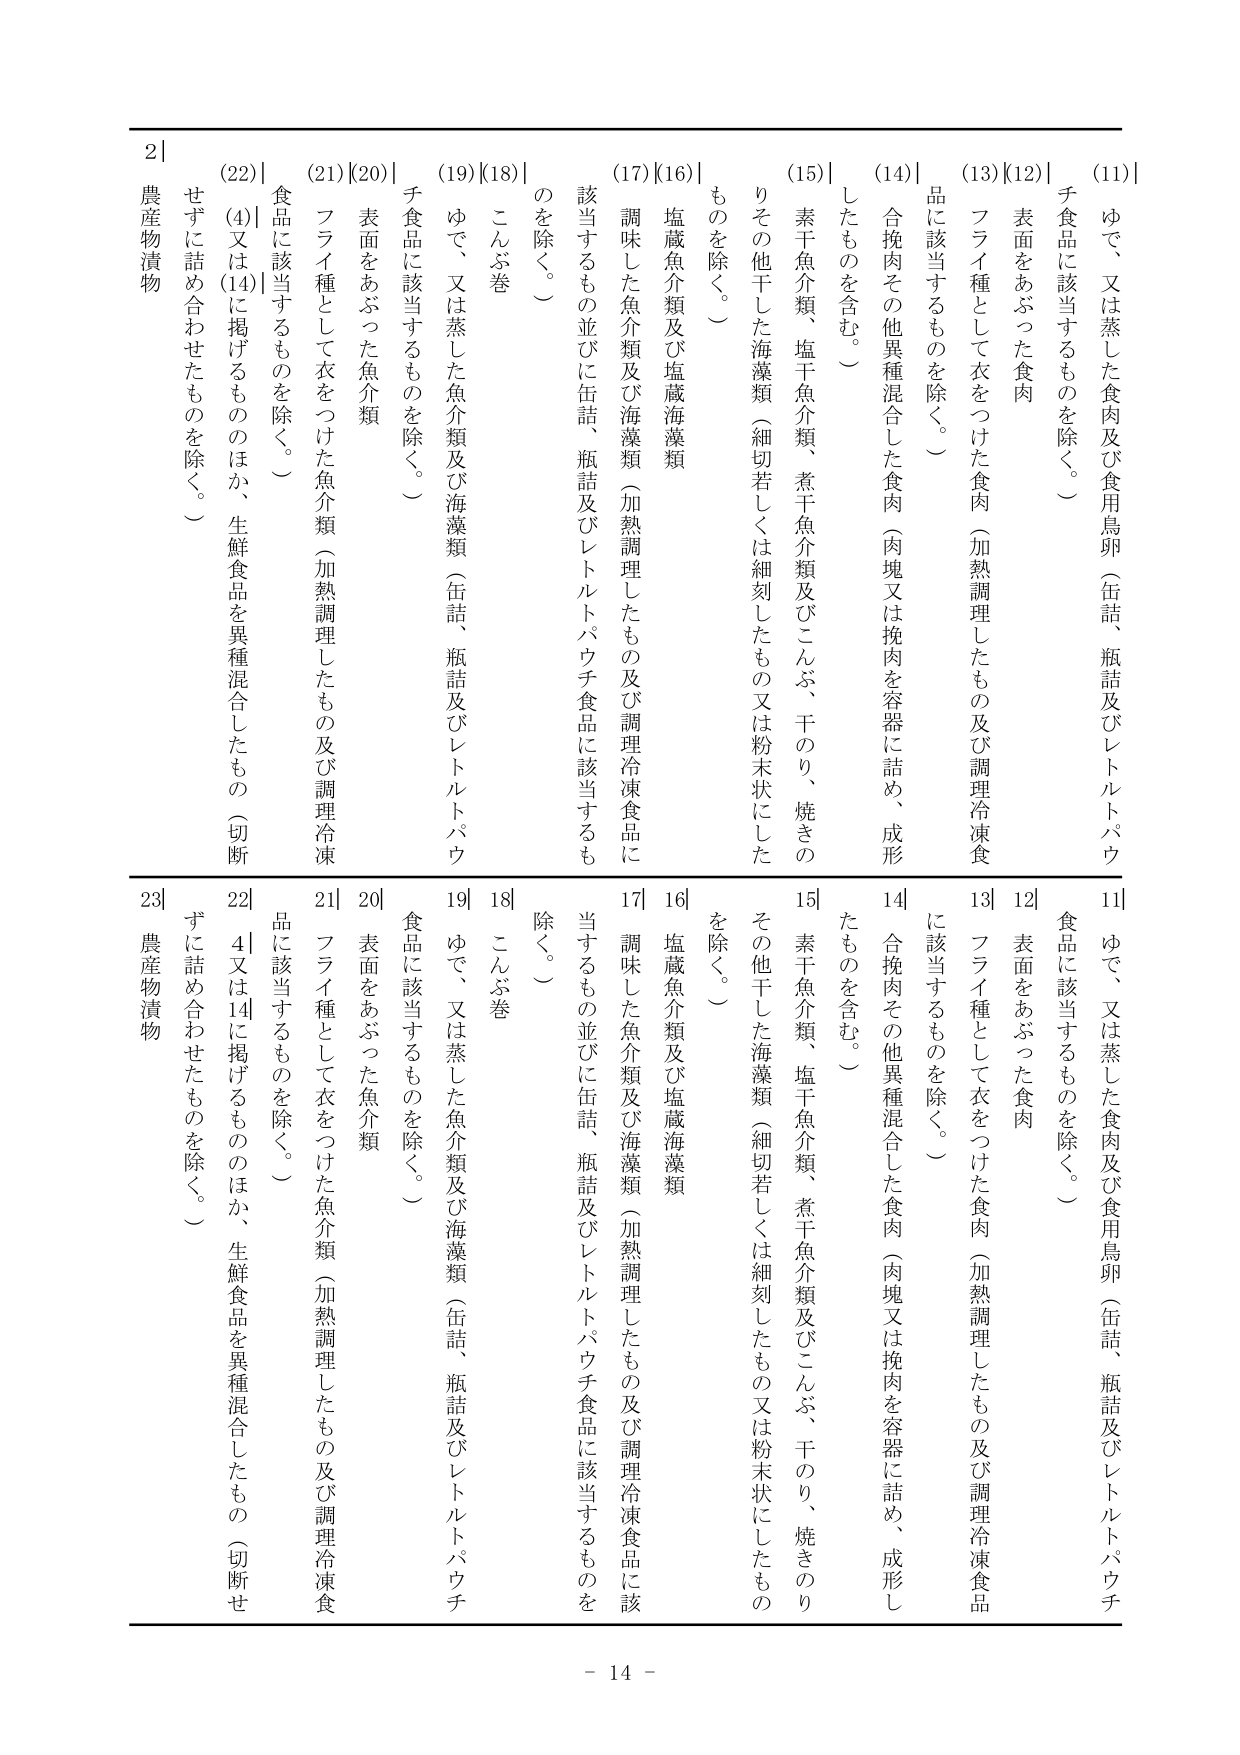
(11) ゆで、又は蒸した食肉及び食用鳥卵（缶詰、瓶詰及びレトルトパウチ食品に該当するものを除く。）
(12) 表面をあぶった食肉
(13) フライ種として衣をつけた食肉（加熱調理したもの及び調理冷凍食品に該当するものを除く。）
(14) 合挽肉その他異種混合した食肉（肉塊又は挽肉を容器に詰め、成形したものを含む。）
(15) 素干魚介類、塩干魚介類、煮干魚介類及びこんぶ、干のり、焼きのりその他干した海藻類（細切若しくは細刻したもの又は粉末状にしたものを除く。）
(16) 塩蔵魚介類及び塩蔵海藻類
(17) 調味した魚介類及び海藻類（加熱調理したもの及び調理冷凍食品に該当するもの並びに缶詰、瓶詰及びレトルトパウチ食品に該当するものを除く。）
(18) こんぶ巻
(19) ゆで、又は蒸した魚介類及び海藻類（缶詰、瓶詰及びレトルトパウチ食品に該当するものを除く。）
(20) 表面をあぶった魚介類
(21) フライ種として衣をつけた魚介類（加熱調理したもの及び調理冷凍食品に該当するものを除く。）
(22) (4) 又は(14)に掲げるもののほか、生鮮食品を異種混合したもの（切断せずに詰め合わせたものを除く。）
2| 農産物漬物

11| ゆで、又は蒸した食肉及び食用鳥卵（缶詰、瓶詰及びレトルトパウチ食品に該当するものを除く。）
12| 表面をあぶった食肉
13| フライ種として衣をつけた食肉（加熱調理したもの及び調理冷凍食品に該当するものを除く。）
14| 合挽肉その他異種混合した食肉（肉塊又は挽肉を容器に詰め、成形したものを含む。）
15| 素干魚介類、塩干魚介類、煮干魚介類及びこんぶ、干のり、焼きのりその他干した海藻類（細切若しくは細刻したもの又は粉末状にしたものを除く。）
16| 塩蔵魚介類及び塩蔵海藻類
17| 調味した魚介類及び海藻類（加熱調理したもの及び調理冷凍食品に該当するもの並びに缶詰、瓶詰及びレトルトパウチ食品に該当するものを除く。）
18| こんぶ巻
19| ゆで、又は蒸した魚介類及び海藻類（缶詰、瓶詰及びレトルトパウチ食品に該当するものを除く。）
20| 表面をあぶった魚介類
21| フライ種として衣をつけた魚介類（加熱調理したもの及び調理冷凍食品に該当するものを除く。）
22| (4) 又は(14)に掲げるもののほか、生鮮食品を異種混合したもの（切断せずに詰め合わせたものを除く。）
23| 農産物漬物

- 14 -